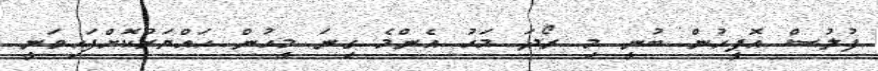
ފުލުސް އޮފީހުން ބުނީ މި ރޯދަ މަހު އެންމެ ގިނަ މީހުން ހައްޔަރުކޮށްފައިވަނީ